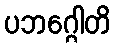
ပဘဂ္ဂေါတိ